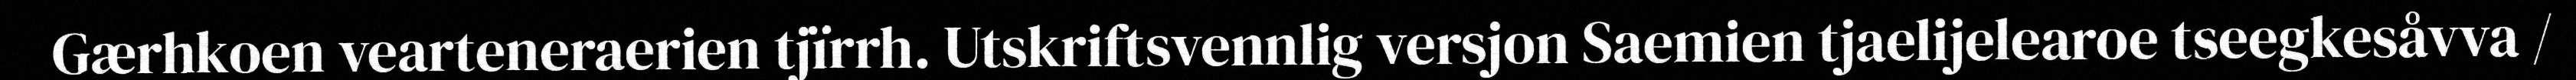
Gærhkoen vearteneraerien tjïrrh. Utskriftsvennlig versjon Saemien tjaelijelearoe tseegkesåvva /